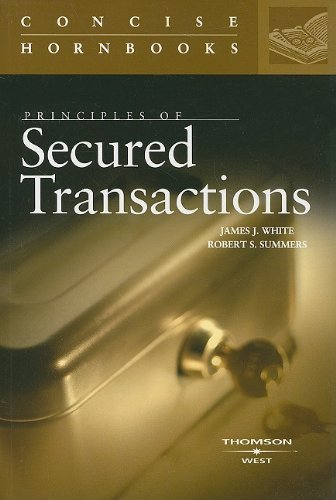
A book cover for Principles of Secured Transactions (Concise Hornbook Series); James White; Law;